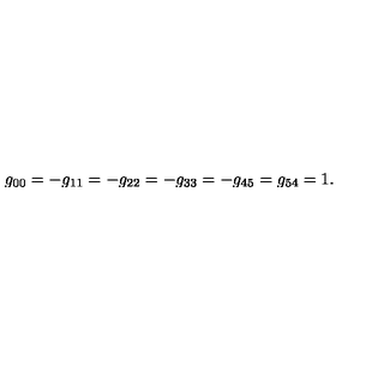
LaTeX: g _ { 0 0 } = - g _ { 1 1 } = - g _ { 2 2 } = - g _ { 3 3 } = - g _ { 4 5 } = g _ { 5 4 } = 1 .